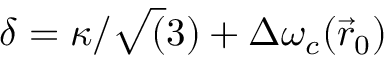
\delta = \kappa / \sqrt ( 3 ) + \Delta \omega _ { c } ( \vec { r } _ { 0 } )